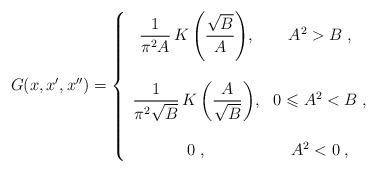
LaTeX: \begin{align*}G(x, x', x'') = \left\{ \begin{array}{cc} \displaystyle{\frac{1}{\pi^2 A} \, K \left( \frac{\sqrt{B}}{A} \right)}, & A^2 > B \;,\\ \\ \displaystyle{\frac{1}{\pi^2 \sqrt{B}} \, K \left( \frac{A}{\sqrt{B}} \right)}, & 0 \leqslant A^2 < B\;,\\ \\0 \;, & A^2 < 0 \;, \end{array}\right.\end{align*}